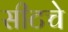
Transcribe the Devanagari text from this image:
सीटचे